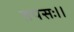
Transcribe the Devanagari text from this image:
तपसः।।